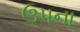
ઉપના